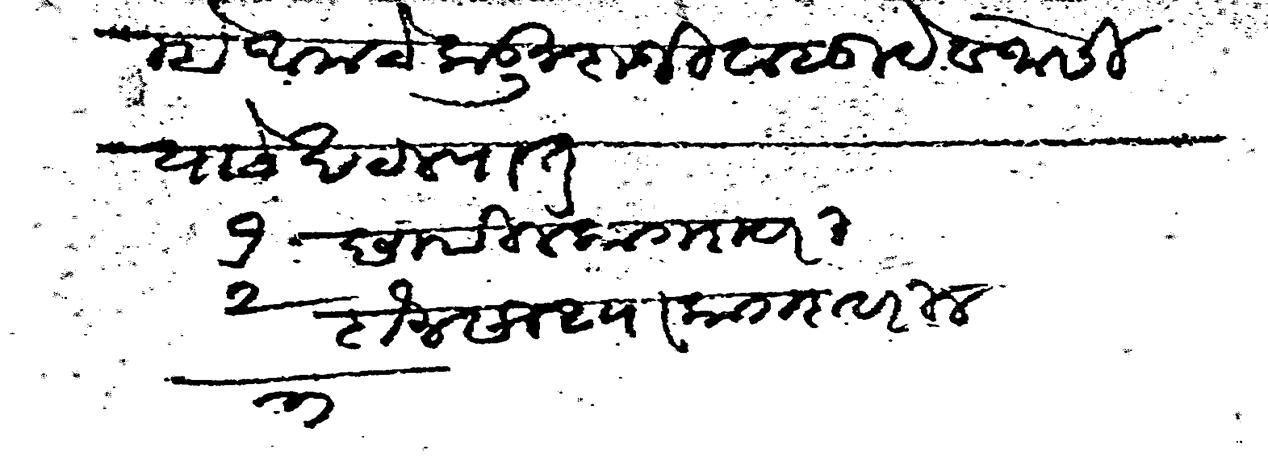
Transliteration (Devanagari): दिल्हे आमचेकडून दाजी वासुदेव जोसी याचे खटल्यात १ छापील कागदावरील दोन साध्या कागदावरील